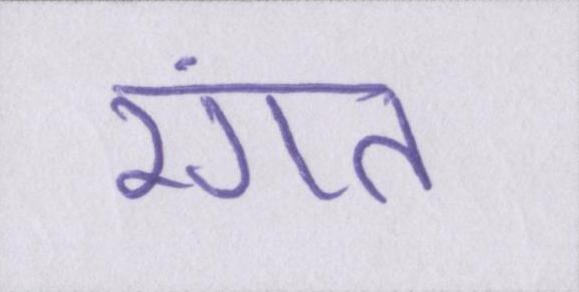
रंगत